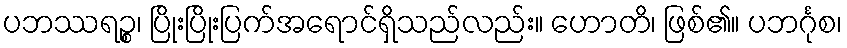
ပဘဿရဉ္စ၊ ပြိုးပြိုးပြက်အရောင်ရှိသည်လည်း။ ဟောတိ၊ ဖြစ်၏။ ပဘင်္ဂုစ၊